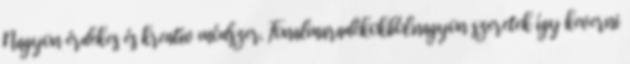
Nagyon érdekes és kreatív módszer. Fonalmaradékokból.nagyon szeretek így keverni